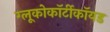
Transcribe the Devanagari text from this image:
ग्लूकोकॉर्टीकॉयड